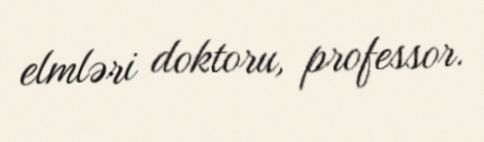
elmləri doktoru, professor.